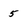
Character: 5